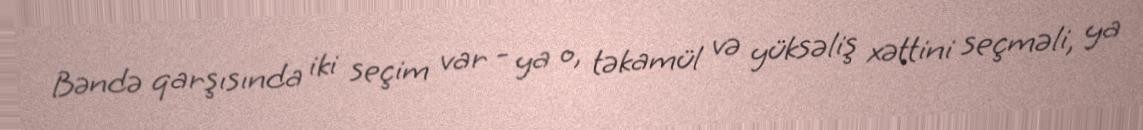
Bəndə qarşısında iki seçim var - ya o, təkamül və yüksəliş xəttini seçməli, ya